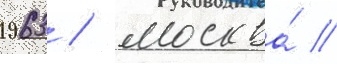
1963 / москва́ /